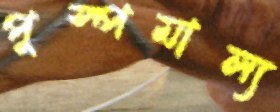
পুস্পমাল্য